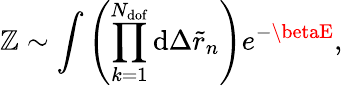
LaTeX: \mathbb{Z}\sim\int{\left(\prod_{k=1}^{N_{\mathrm{{dof}}}}{\mathrm{{d}}\Delta\tilde{{r}}_{n}}\right)e^{-\betaE}},